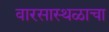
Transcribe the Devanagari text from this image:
वारसास्थळाचा